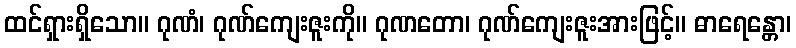
ထင်ရှားရှိသော။ ဂုဏံ၊ ဂုဏ်ကျေးဇူးကို။ ဂုဏတော၊ ဂုဏ်ကျေးဇူးအားဖြင့်။ ဓာရေန္တော၊